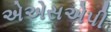
એએસએપી